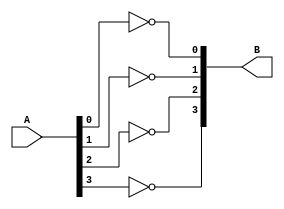
// Copyright (C) 2018  Intel Corporation. All rights reserved.
// Your use of Intel Corporation's design tools, logic functions 
// and other software and tools, and its AMPP partner logic 
// functions, and any output files from any of the foregoing 
// (including device programming or simulation files), and any 
// associated documentation or information are expressly subject 
// to the terms and conditions of the Intel Program License 
// Subscription Agreement, the Intel Quartus Prime License Agreement,
// the Intel FPGA IP License Agreement, or other applicable license
// agreement, including, without limitation, that your use is for
// the sole purpose of programming logic devices manufactured by
// Intel and sold by Intel or its authorized distributors.  Please
// refer to the applicable agreement for further details.

// PROGRAM		"Quartus Prime"
// VERSION		"Version 18.0.0 Build 614 04/24/2018 SJ Lite Edition"
// CREATED		"Fri Nov 08 14:27:03 2019"

module not_4b(
	A,
	B
);


input wire	[3:0] A;
output wire	[3:0] B;

wire	[3:0] B_ALTERA_SYNTHESIZED;




assign	B_ALTERA_SYNTHESIZED[0] =  ~A[0];

assign	B_ALTERA_SYNTHESIZED[1] =  ~A[1];

assign	B_ALTERA_SYNTHESIZED[2] =  ~A[2];

assign	B_ALTERA_SYNTHESIZED[3] =  ~A[3];

assign	B = B_ALTERA_SYNTHESIZED;

endmodule